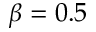
\beta = 0 . 5